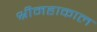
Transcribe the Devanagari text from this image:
श्रीमहाकाल